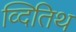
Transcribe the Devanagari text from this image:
व्दितिथ